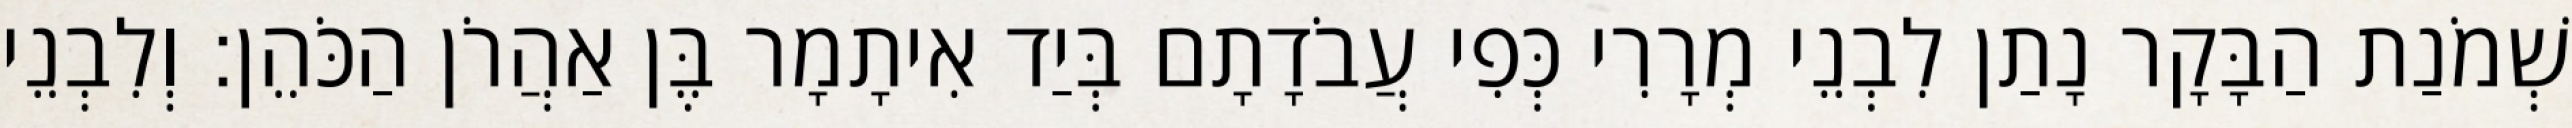
שְׁמֹנַת הַבָּקָר נָתַן לִבְנֵי מְרָרִי כְּפִי עֲבֹדָתָם בְּיַד אִיתָמָר בֶּן אַהֲרֹן הַכֹּהֵן׃ וְלִבְנֵי